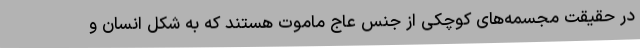
در حقیقت مجسمه‌های کوچکی از جنس عاج ماموت هستند که به شکل انسان و